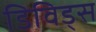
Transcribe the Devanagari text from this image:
डिविड्स